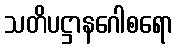
သတိပဋ္ဌာနဂေါစရော